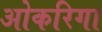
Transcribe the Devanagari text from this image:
ओकरिगा